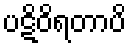
ပဋိဝိရတာပိ